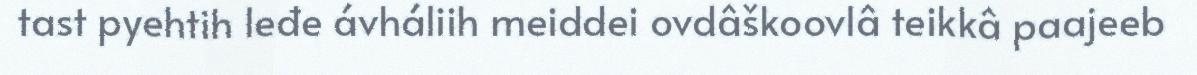
tast pyehtih leđe ávháliih meiddei ovdâškoovlâ teikkâ paajeeb